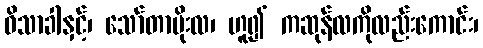
ဝိသာခါနှင့်၊ သော်တာမိုးလ၊ ဟူ၍ ကဆုန်လကိုလည်းကောင်း၊